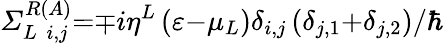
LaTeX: {\mathit{\Sigma}}_{L{\ }{\ }i,j}^{R\left(A\right)}{=}{\mp}i{\eta}^{L}\left(\varepsilon{-}{\mu}_{L}\right){\delta}_{i,j}\left({\delta}_{j{,1}}{+}{\delta}_{j{,2}}\right){/}{\hbar}